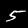
Digit: 5